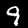
Label: 9